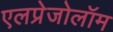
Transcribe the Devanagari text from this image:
एलप्रेजोलॉम